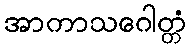
အာကာသဂေါတ္တံ